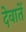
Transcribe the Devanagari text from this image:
देवातें